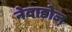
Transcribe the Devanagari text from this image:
नेवाडोज